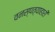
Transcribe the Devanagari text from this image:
वनस्पत्याहारी